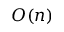
O ( n )